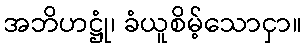
အဘိဟဋ္ဌုံ၊ ခံယူစိမ့်သောငှာ။